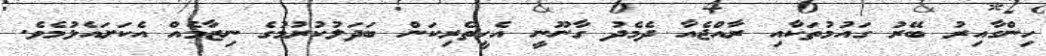
ހިންގާއިރު ބޭރު ގައުމުތަކާއި ރާއްޖެއާ ދެމެދު ގާނޫނީ އެހީތެރިކަން ބަދަލުކުރުމުގެ ނިޒާމެއް އެކަށައެޅުމެވެ.